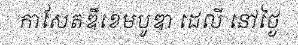
កាសែតឌឹខេមបូឌា ដេលី នៅថ្ងៃ